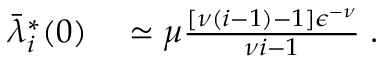
\begin{array} { r l } { \bar { \lambda } _ { i } ^ { * } ( 0 ) } & { { } \simeq \mu \frac { [ \nu ( i - 1 ) - 1 ] \epsilon ^ { - \nu } } { \nu i - 1 } \; . } \end{array}